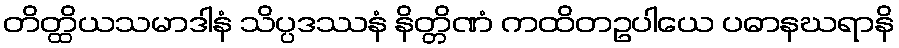
တိတ္ထိယသမာဒါနံ သိပ္ပဒဿနံ နိတ္တိဏံ ကထိတဥပါယေ ပဓာနဃရာနိ